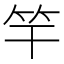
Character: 竿